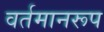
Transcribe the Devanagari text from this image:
वर्तमानरूप